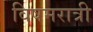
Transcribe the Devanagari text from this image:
विषमरात्री